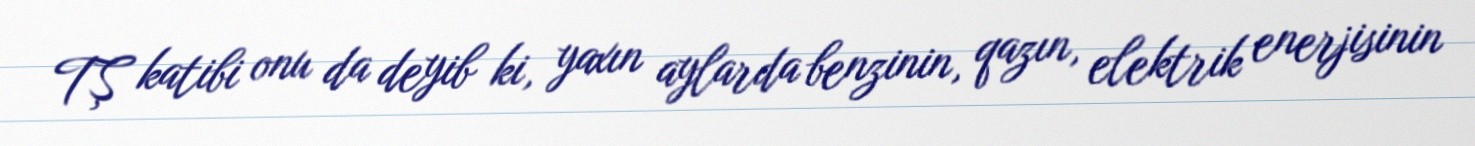
TŞ katibi onu da deyib ki, yaxın aylarda benzinin, qazın, elektrik enerjisinin